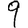
Digit: 9